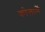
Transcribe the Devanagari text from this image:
कोलामें